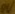
Text: ov